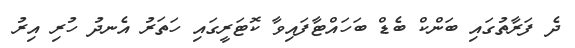
ދެ ފަރާތުގައި ބަންކް ބެޑް ބަހައްޓާފައިވާ ކޮޓަރީގައި ހަތަރު އެނދު ހުރި އިރު